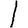
Digit: 1